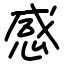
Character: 感